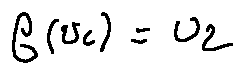
f ( u _ { 1 } ) = u _ { 2 }